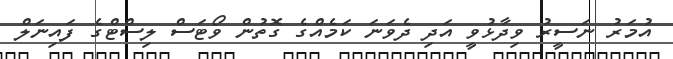
އުމަރު ނަސީރު ވިދާޅުވީ އަދި ދެވަނަ ކަމެއްގެ ގޮތުން ވޯޓަސް ލިސްޓްގެ ފައިނަލް